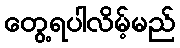
တွေ့ရပါလိမ့်မည်